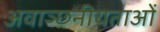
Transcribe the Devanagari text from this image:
अवाञ्छनीयताओं